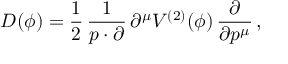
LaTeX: D ( \phi ) = \frac { 1 } { 2 } \, \frac { 1 } { p \cdot \partial } \, \partial ^ { \mu } V ^ { ( 2 ) } ( \phi ) \, \frac { \partial } { \partial p ^ { \mu } } \, ,